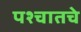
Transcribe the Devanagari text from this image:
पश्चातचे